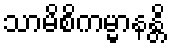
သာမိစိကမ္မာနန္တိ